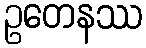
ဥတေနဿ